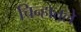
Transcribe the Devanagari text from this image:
चिन्हातले